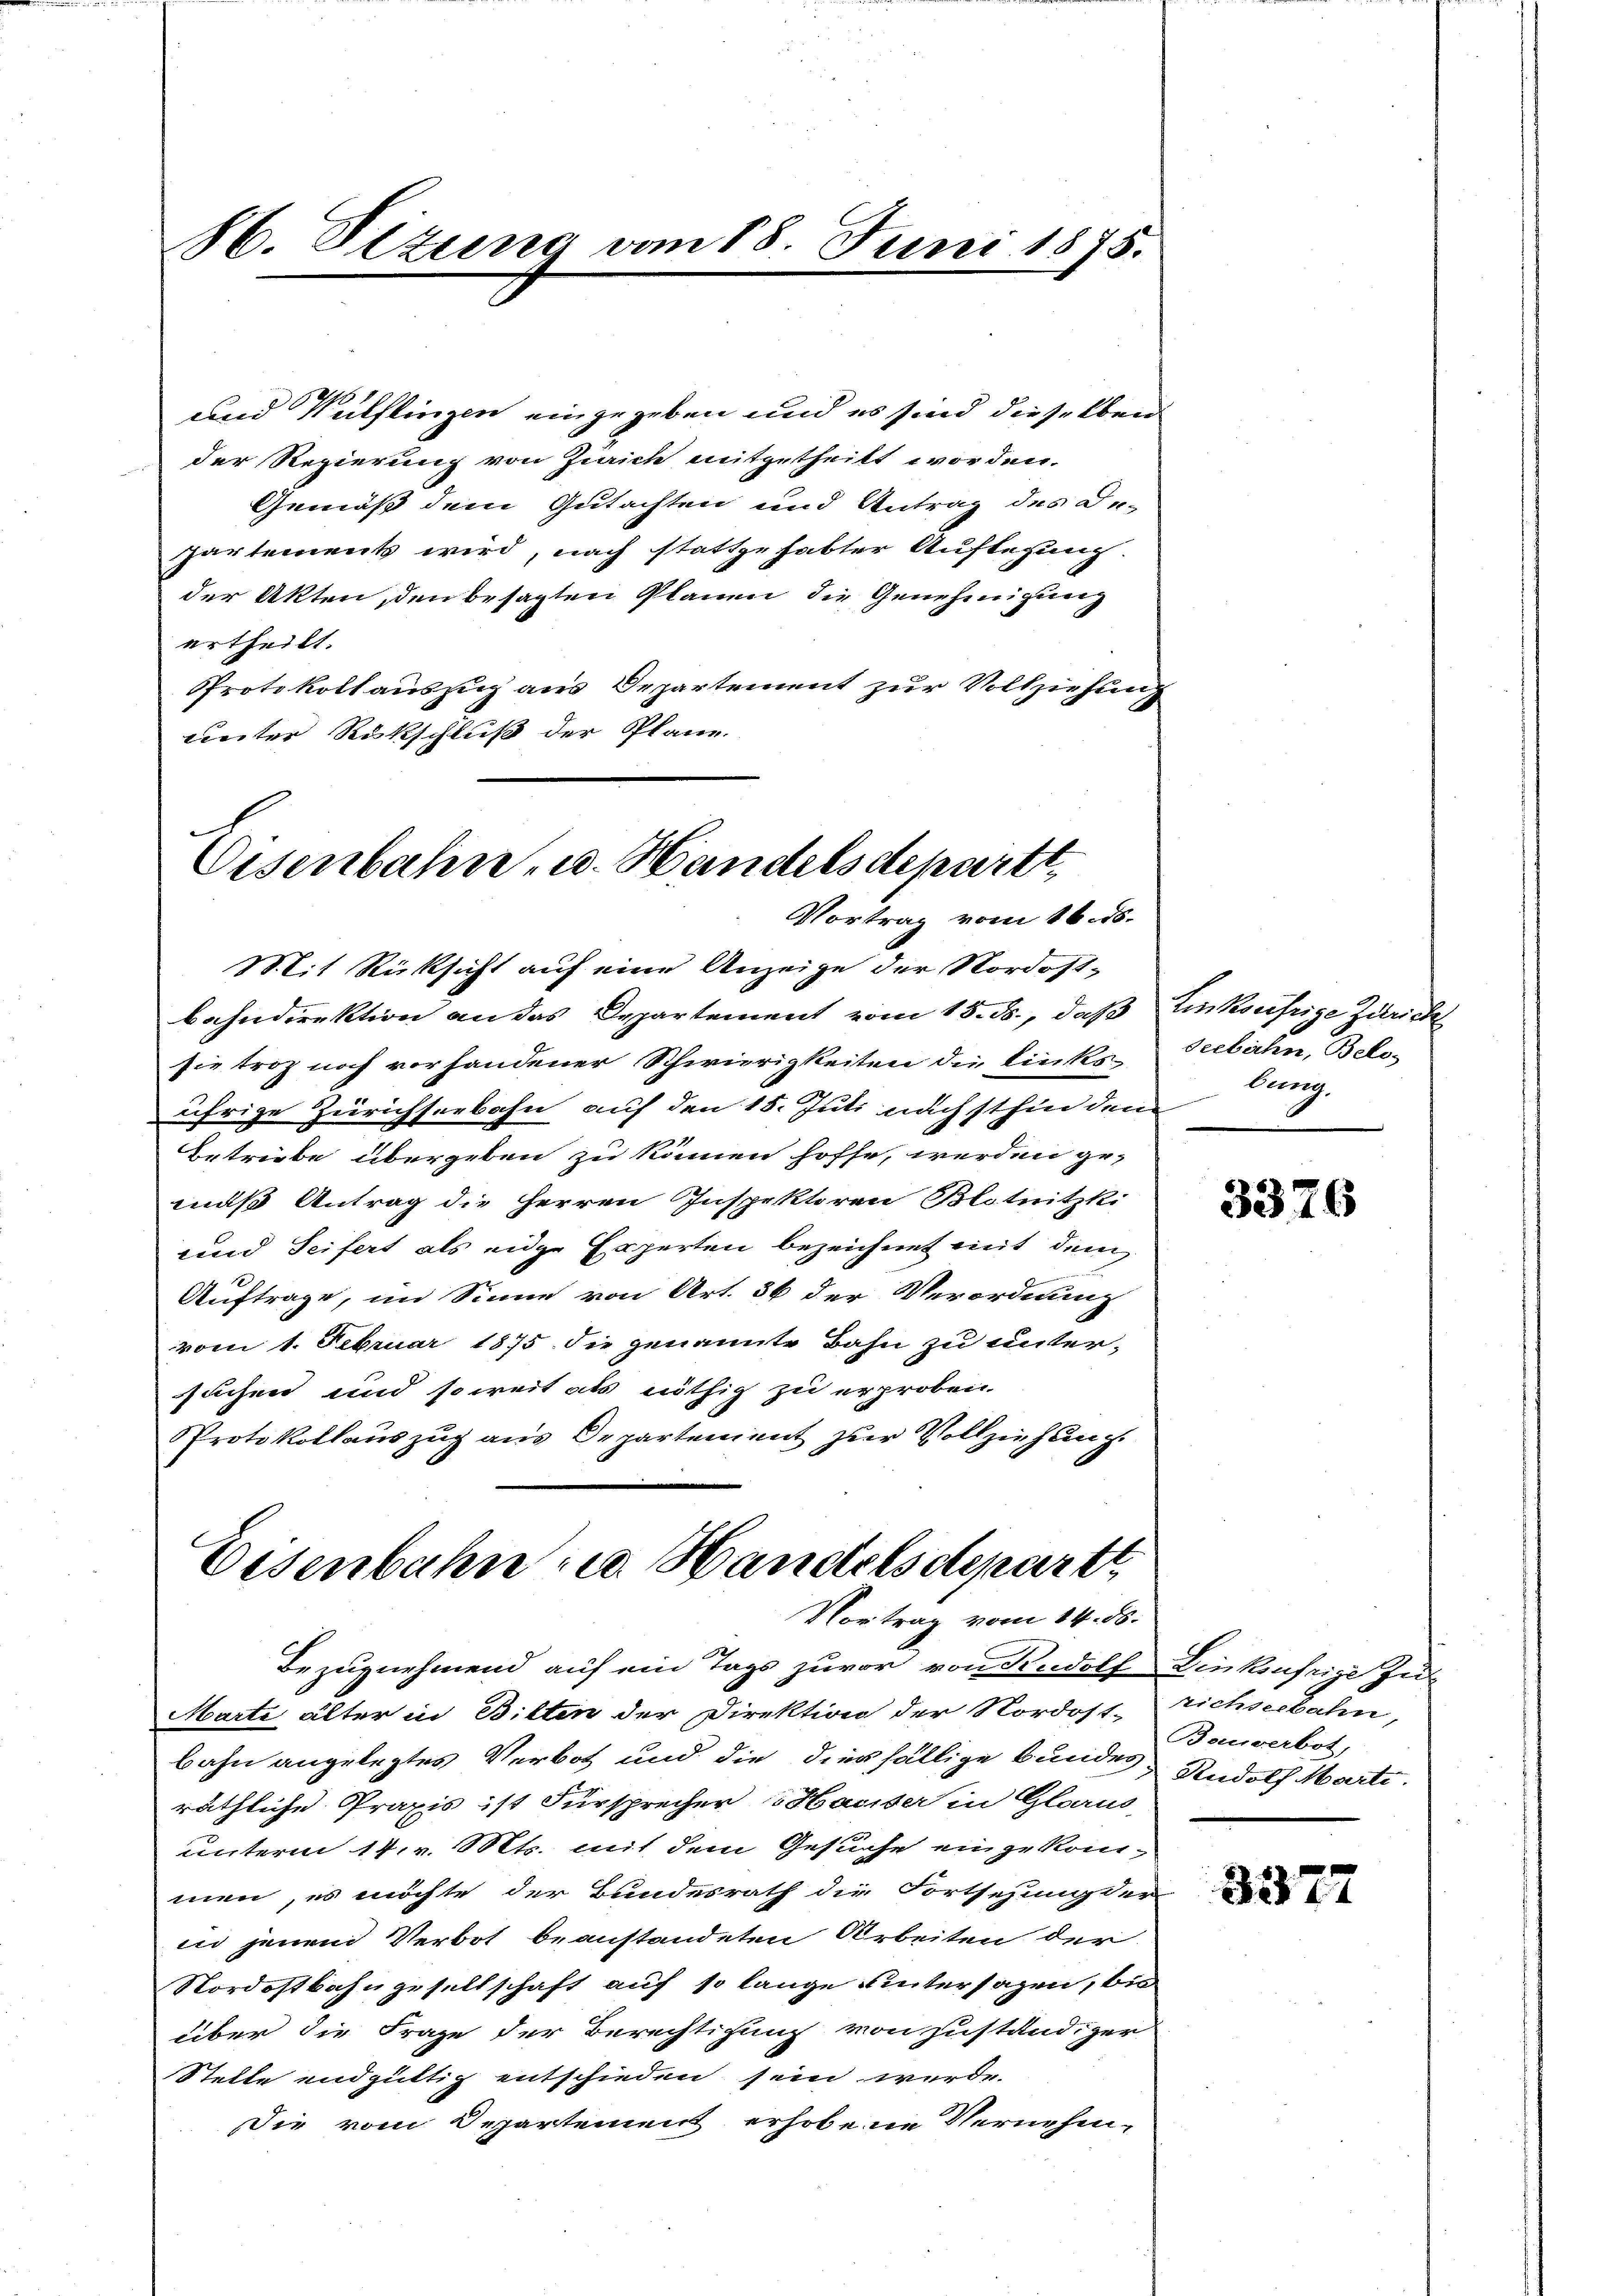
und Wülflingen eingegeben und es sind dieselben
der Regierung von Zürich mitgetheilt worden.
Gemäß dem Gutachten und Antrag des De-
partements wird, nach stattgehabter Auflegung
der Akten, den besagten Plänen die Genehmigung
ertheilt.
Protokollauszug aus Departement zur Vollziehung
einter Rückschluß der Plane.

86. Sezung vom 18. Juni 1875.

Eisenbahn- u. Handelsdepartt,
Vortrag vom 16. ds.

Mit Rücksicht auf eine Anzeige der Nordost-
bahndirektion an das Departement vom 15. ds., daß
sie troz noch vorhandener Schwierigkeiten die links-
ührige Zürichseebahn auf den 15. Juli nachsthin den
Betriebe übergeben zu können hoffe, werden ge-
muß Antrag die Herren Inspektoren Blotnitzki
Lund Seifert als eige Experten bezeichnet mit den
Auftrage, im Sinne von Art. 36 der Verordnung
vom 1. Februar 1875 die genannte Bahn zu untersuchen und soweit als nöthig zu erproben
Protokollauszug aus Departement zur Vollziehung

Eisenbahn u. Handelsdepart
Vortrag vom 14. ds.

Bezugnehmend auf ein Tags zuvor von Rudolf Dinksufrige Zul
Marte älter in Bilten der Direktion der Nordost-
bahn angelegtes Verbot und die diesfällige Bundes Rudolf Marti
räthliche Praxis ist Fürsprecher Hauser in Glarus,
unterm 14. v. Mts. mit dem Gesuche eingekommen, es möchte der Bundesrath die Fortsezung der
in jenem Verbot beanstandeten Arbeiten der
Nordostbahngesellschaft auf so lange Untersagen, bis
über die Frage der Berechtigung von zuständiger
Stelle endgültig entschieden sein würde.
Die vom Departement erhobene Vernehm¬

Linksufrige Zürich
seebahn, Belo-
lung.

3376

richseebahn,
Bouwerbot,

3272